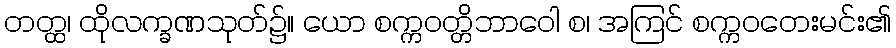
တတ္ထ၊ ထိုလက္ခဏသုတ်၌။ ယော စက္ကဝတ္တိဘာဝေါ စ၊ အကြင် စက္ကဝတေးမင်း၏